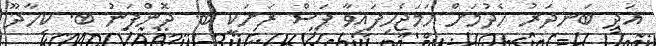
އަދި ބަނދަރު ހެދުމަށް ހަމަޖެހިފައިވާ ފަސް ރަށަކީ ބ. ދޮންފަނު ބ. ކިހާދޫ